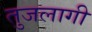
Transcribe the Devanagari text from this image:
तुजलागी